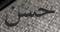
حسن